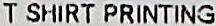
T SHIRT PRINTING